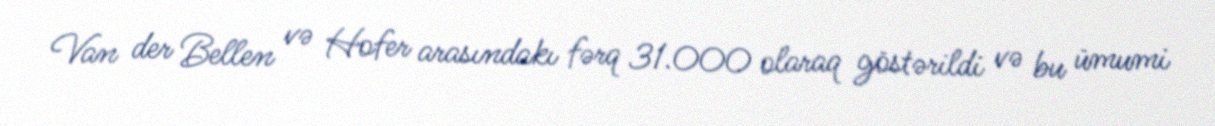
Van der Bellen və Hofer arasındakı fərq 31.000 olaraq göstərildi və bu ümumi